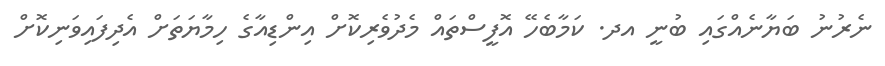
ނެރުނު ބަޔާނެއްގައި ބުނީ އދ. ކަމާބެހޭ އޮފީސްތައް މެދުވެރިކޮށް އިންޑިއާގެ ހިމާޔަތަށް އެދިފައިވަނިކޮށް